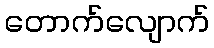
တောက်လျောက်